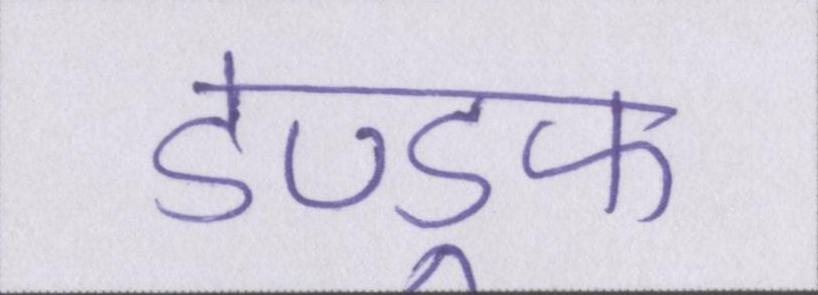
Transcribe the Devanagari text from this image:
डेण्ड्रफ